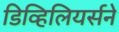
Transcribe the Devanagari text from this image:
डिव्हिलियर्सने